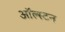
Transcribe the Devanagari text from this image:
ऑल्स्टन